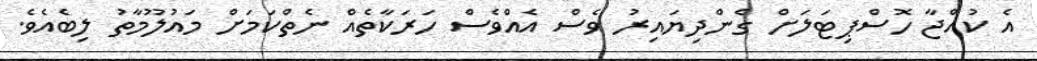
އެ ކުއްޖާ ހޮސްޕިޓަލަށް ގެންދިޔައިރު ވެސް އެއްވެސް ހަރަކާތެއް ނެތްކަމަށް މައުލޫމާތު ލިބެއެވެ.